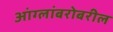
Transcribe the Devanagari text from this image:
आंग्लांबरोबरील